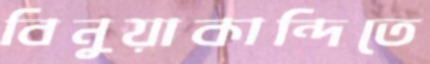
বিনুয়াকান্দিতে